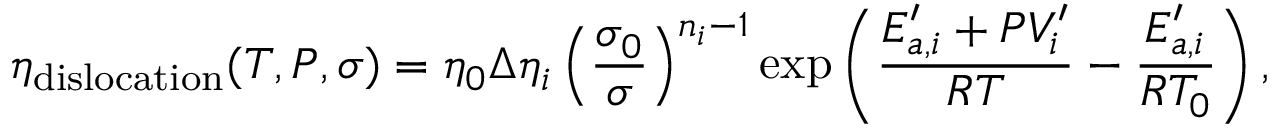
\eta _ { \mathrm { d i s l o c a t i o n } } ( T , P , \sigma ) = \eta _ { 0 } \Delta \eta _ { i } \left( \frac { \sigma _ { 0 } } { \sigma } \right) ^ { n _ { i } - 1 } \exp \left( \frac { E _ { a , i } ^ { \prime } + P V _ { i } ^ { \prime } } { R T } - \frac { E _ { a , i } ^ { \prime } } { R T _ { 0 } } \right) ,